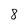
Character: 8